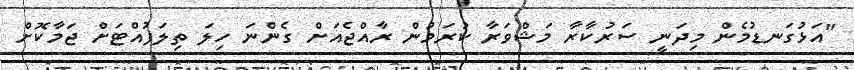
"އަޅުގަނޑުމެން މިދަނީ ސަރުކާރާ މަޝްވަރާ ކުރަމުން ރާއްޖެއަށް ގެންނަ ހިލަ ތިލަފުއްޓަށް ޖަމާކޮށް